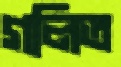
গলিত